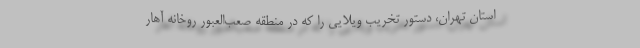
استان تهران، دستور تخریب ویلایی را که در منطقه صعب‌العبور روخانه آهارِ